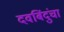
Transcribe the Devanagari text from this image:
दवबिंदुंचा